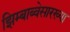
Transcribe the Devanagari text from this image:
झिम्बाब्वेसारख्या